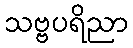
သဗ္ဗပရိညာ